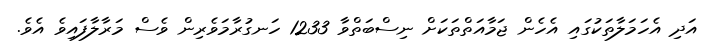
އަދި އެހަމަލާތަކުގައި އެހެން ޖަމާއަތްތަކަށް ނިސްބަތްވާ 1233 ހަނގުރާމަވެރިން ވެސް މަރާލާފައިވެ އެވެ.